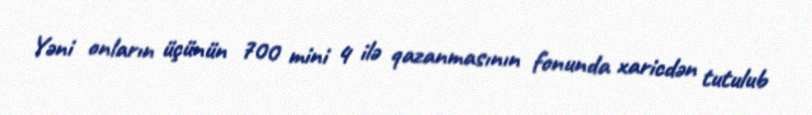
Yəni onların üçünün 700 mini 4 ilə qazanmasının fonunda xaricdən tutulub